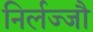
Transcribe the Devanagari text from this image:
निर्लज्जौ